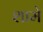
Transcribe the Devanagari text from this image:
शामे